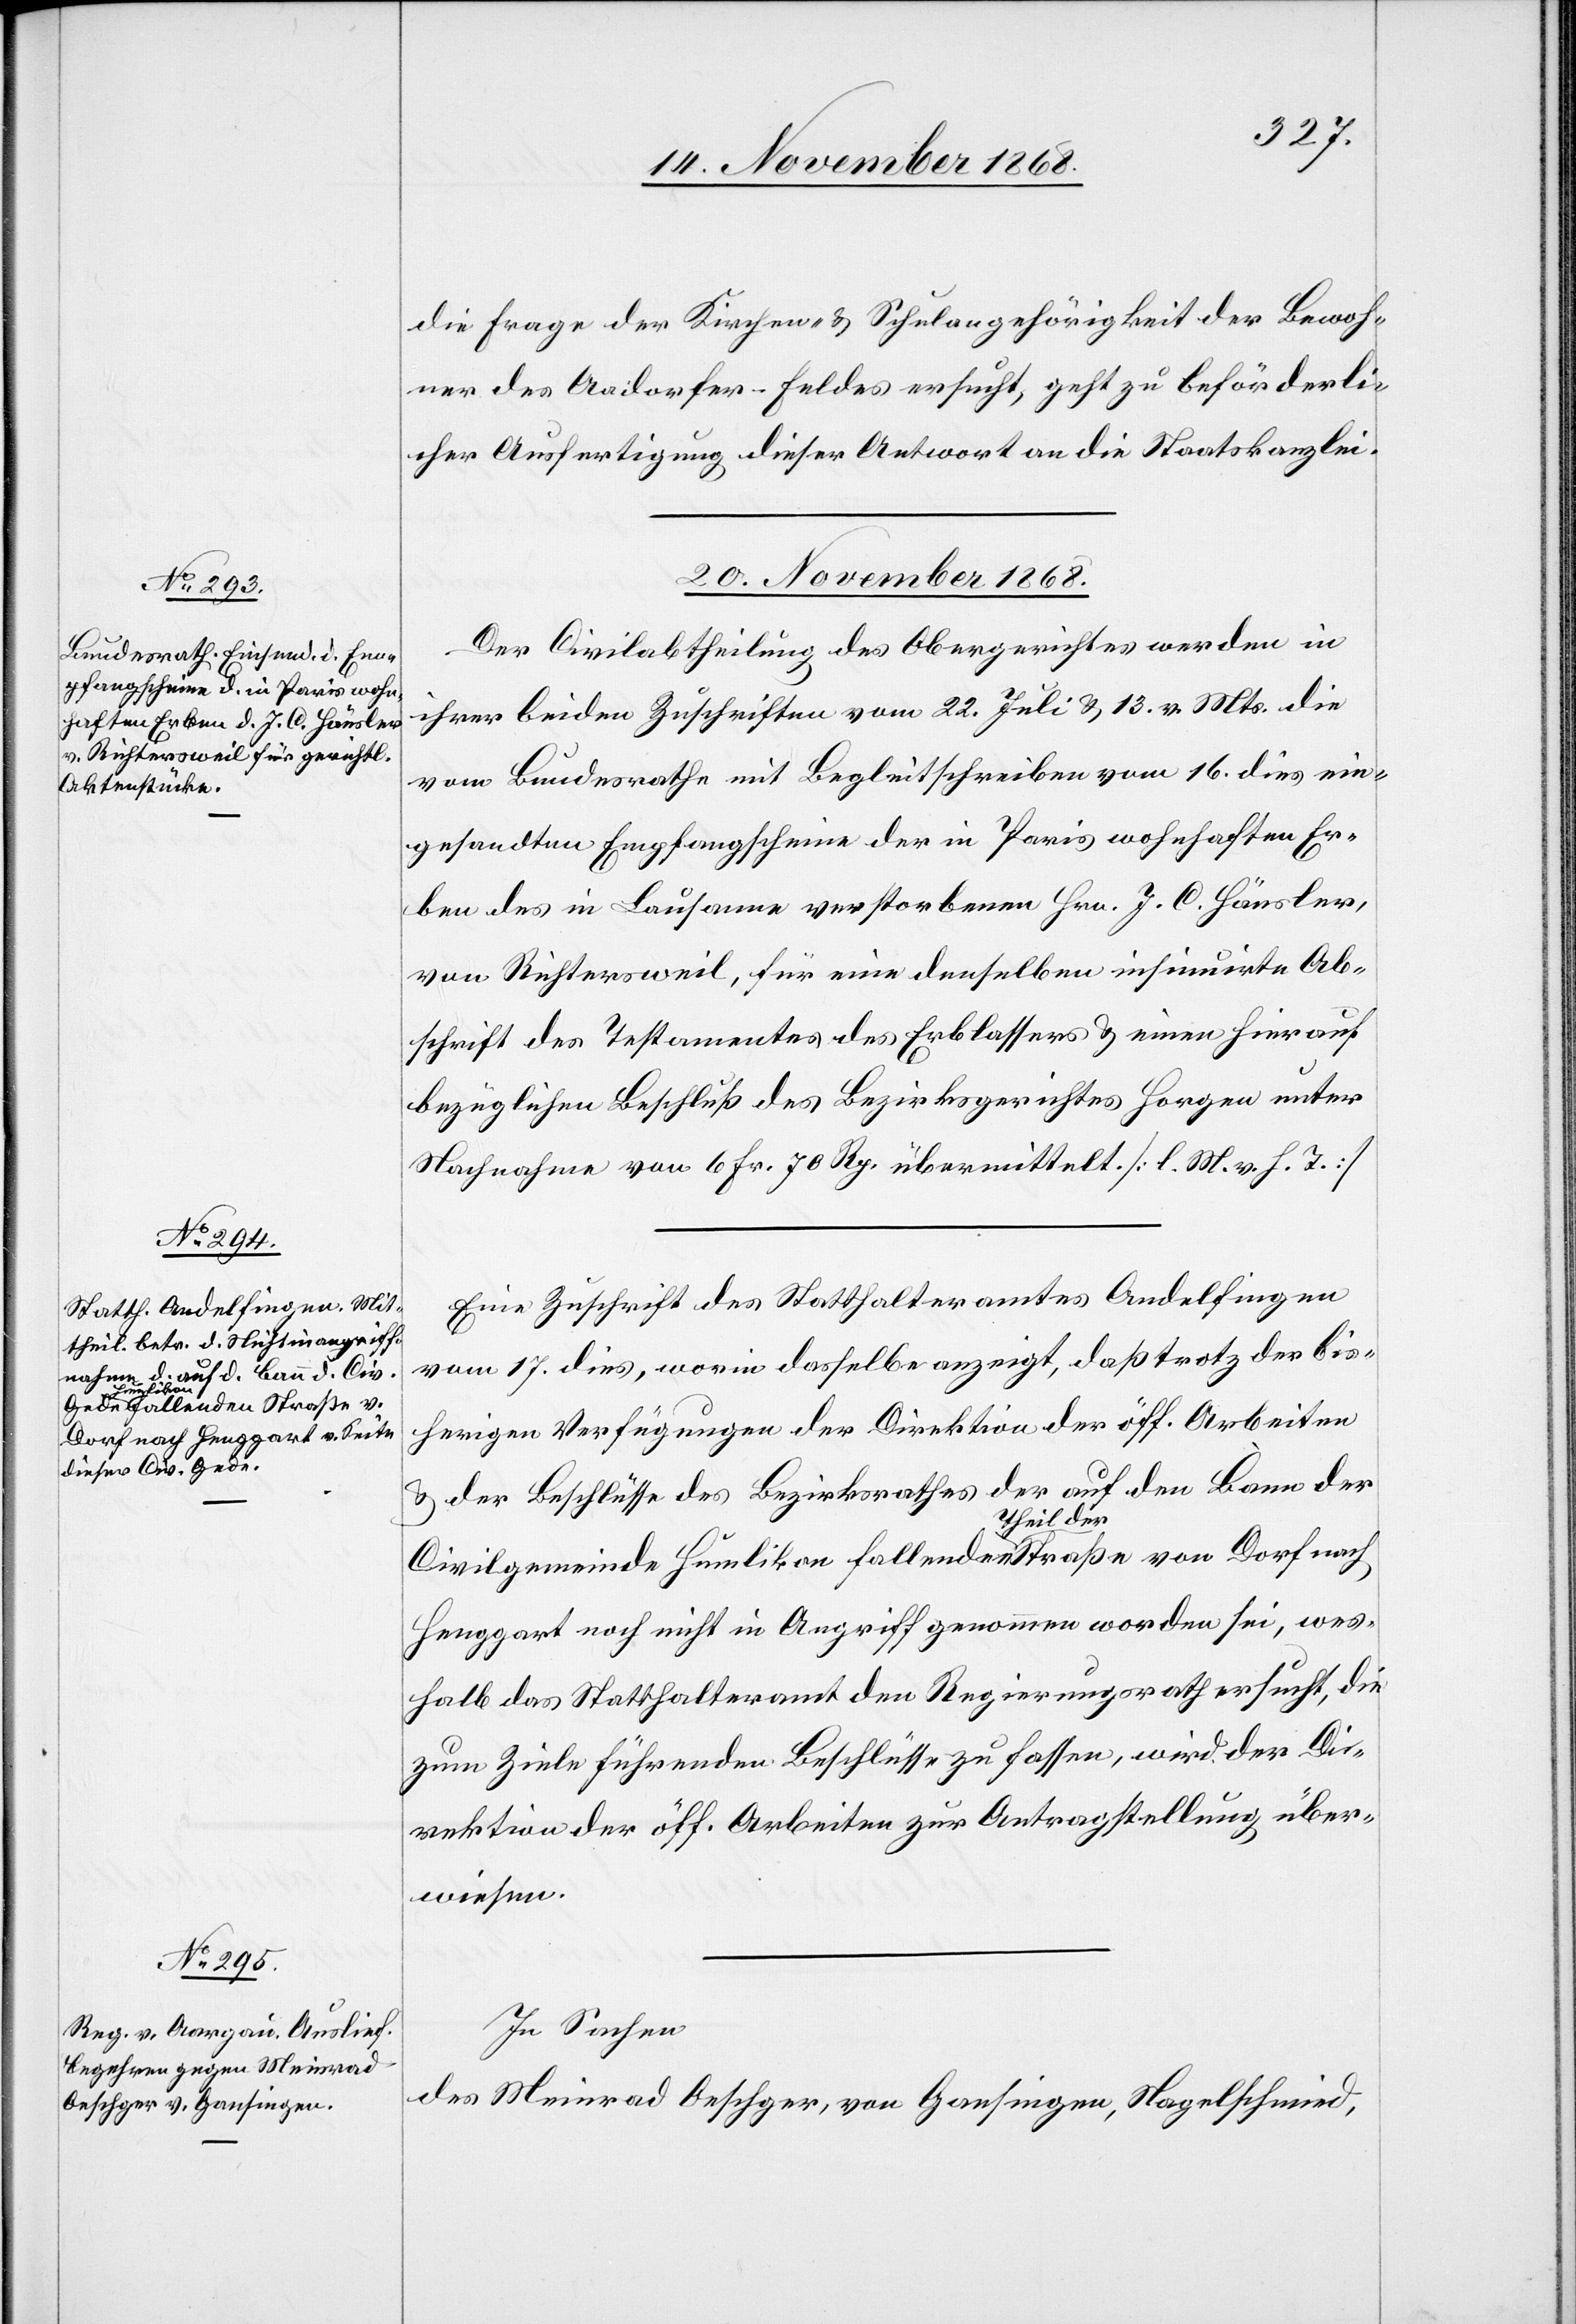
die Frage der Kirchen- & Schulangehörigkeit der Bewoh¬
ner des Aadorfer-Feldes ersucht, geht zu beförderli¬
cher Ausfertigung dieser Antwort an die Staatskanzlei.
20. November 1868.]
Der Civilabtheilung des Obergerichtes werden in
ihrer beiden Zuschriften vom 22. Juli & 13. v. Mts. die
vom Bundesrathe mit Begleitschreiben vom 16. dies ein¬
gesandten Empfangscheine der in Paris wohnhaften Er¬
ben des in Lausanne verstorbenen Hrn. J. C. Hänsler,
von Richtersweil, für eine denselben insinuirte Ab¬
schrift des Testamentes des Erblassers & einen hierauf
bezüglichen Beschluß des Bezirksgerichtes Horgen unter
Nachnahme von 6 Fr. 70 Rp. übermittelt. [l. M. v. h. T.]
Eine Zuschrift des Statthalteramtes Andelfingen
vom 17. dies, worin dasselbe anzeigt, daß trotz der bis¬
herigen Verfügungen der Direktion der öff. Arbeiten
& der Beschlüsse des Bezirksrathes der auf den Bann der
Civilgemeinde Humlikon fallenden [sic!] Theil der Straße von Dorf nach
Henggart noch nicht in Angriff genommen worden sei, wes¬
halb das Statthalteramt den Regierungsrath ersucht, die
zum Ziele führenden Beschlüsse zu fassen, wird der Di¬
rektion der öff. Arbeiten zur Antragstellung über¬
wiesen.
In Sachen
des Meinrad Oeschger, von Gansingen, Nagelschmied,